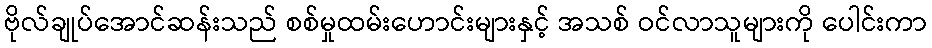
ဗိုလ်ချုပ်အောင်ဆန်းသည် စစ်မှုထမ်းဟောင်းများနှင့် အသစ် ဝင်လာသူများကို ပေါင်းကာ